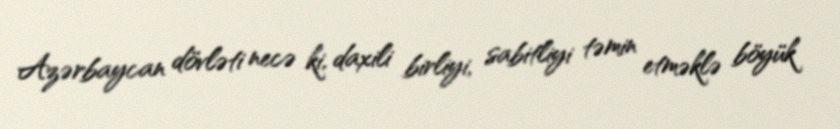
Azərbaycan dövləti necə ki, daxili birliyi, sabitliyi təmin etməklə böyük